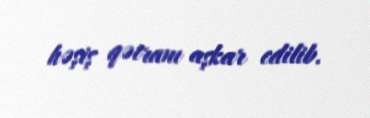
həşiş qətranı aşkar edilib.